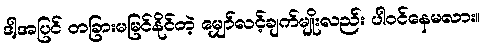
ဒါ့အပြင် တခြားမမြင်နိုင်တဲ့ မျှော်လင့်ချက်မျိုးလည်း ပါဝင်နေမလား။